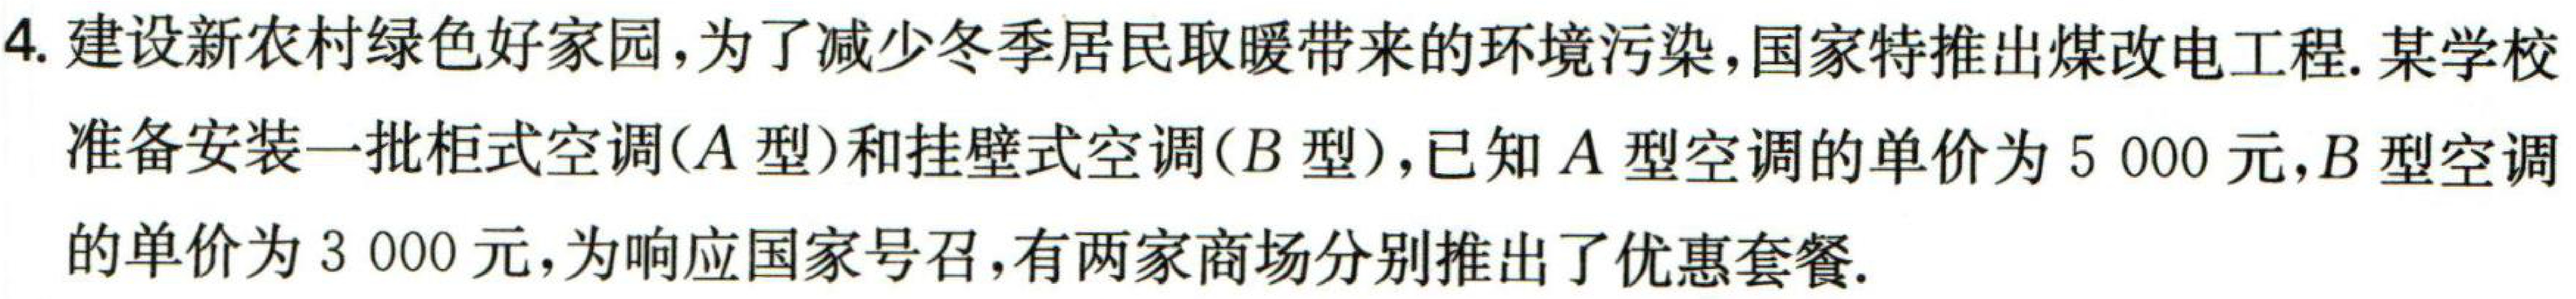
4. 建设新农村绿色好家园，为了减少冬季居民取暖带来的环境污染，国家特推出煤改电工程. 某学校
准备安装一批柜式空调(\(A\)型)和挂壁式空调(\(B\)型)，已知\(A\)型空调的单价为\(5 000\)元，\(B\)型空调
的单价为\(3 000\)元，为响应国家号召，有两家商场分别推出了优惠套餐.